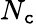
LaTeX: N_{\mathtt{c}}